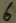
Text: 6